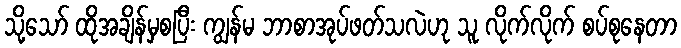
သို့သော် ထိုအချိန်မှစပြီး ကျွန်မ ဘာစာအုပ်ဖတ်သလဲဟု သူ လိုက်လိုက် စပ်စုနေတာ